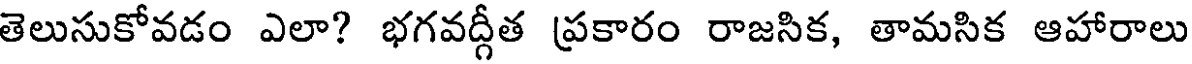
తెలుసుకోవడం ఎలా? భగవద్గీత ప్రకారం రాజసిక, తామసిక ఆహారాలు